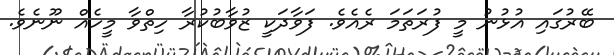
ބޭރުގައި އުޅުނު މީ ފުރަތަމަ ރެއެވެ. ފަވާދަކީ ޒުވާބުކުރާ ހިތްވާ މީހެއް ނޫނެވެ.